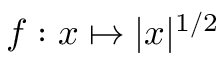
f : x \mapsto | x | ^ { 1 / 2 }